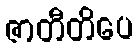
ဇာတီတိပေ